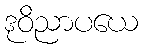
ဒုဝိညာပယေ